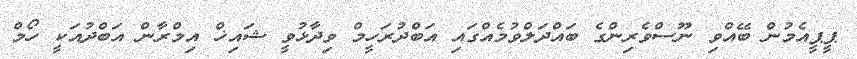
ޕީޕީއެމުން ބޭއްވި ނޫސްވެރިންގެ ބައްދަލްވުމެއްގައި އަބްދުރަހީމް ވިދާޅުވީ ޝައިޚް އިމްރާން އަބްދުއަކީ ހޯމް